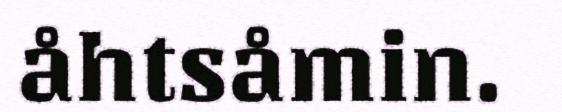
åhtsåmin.